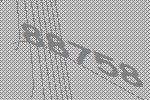
88758